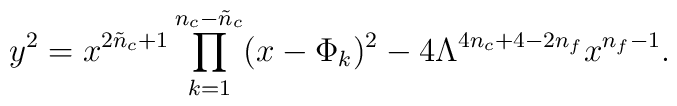
y^{2} = x^{2\tilde{n}_{c}+1}          \prod_{k=1}^{n_{c}-\tilde{n}_{c}} (x-\Phi_{k})^{2}                  - 4 \Lambda^{4n_c + 4 - 2 n_f} x^{n_f-1} .